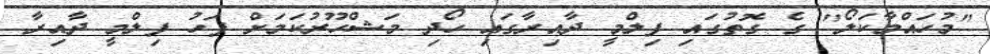
"މުހައްމާކަލޯ" ގެ ގޮތުގައި ފިލްމީ ދާއިރާގައި ހޯދި މަޝްހޫރުކަމަށް ފަހު ފިލްމީ ދާއިރާ